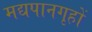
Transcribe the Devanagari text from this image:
मद्यपानगृहों